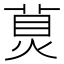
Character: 𤊾